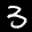
Label: 3